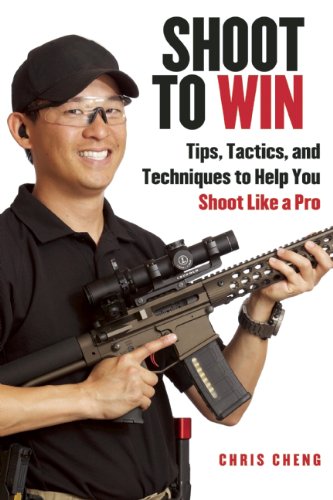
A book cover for Shoot to Win: Tips, Tactics, and Techniques to Help You Shoot Like a Pro; Chris Cheng; Gay & Lesbian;